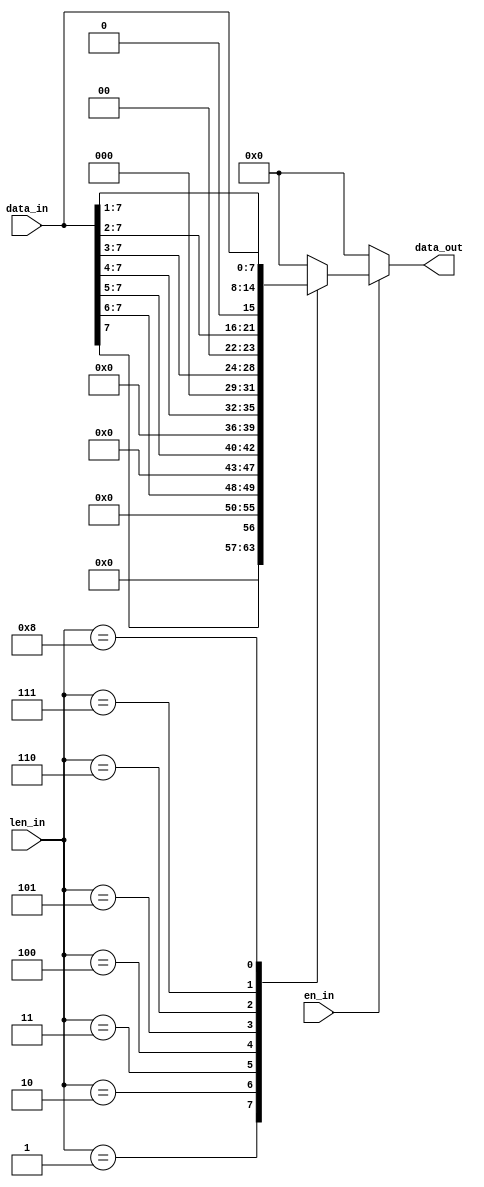
//--------------------------------------------------------------------------------------------------
// Copyright (C) 2013-2017 qiu bin 
// All rights reserved   
// Design    : bitstream_p
// Author(s) : qiu bin
// Phone 15957074161
// QQ:1517642772             
//-------------------------------------------------------------------------------------------------


module read_bits(data_in, en_in, len_in, data_out);
input [23:16] data_in;
input [3:0] len_in;
input en_in;
output [7:0] data_out;

reg[7:0] data_out;

always @(data_in or len_in or en_in)
if(en_in)
case ( len_in )
1 : data_out <= data_in[23];
2 : data_out <= data_in[23:22];
3 : data_out <= data_in[23:21];
4 : data_out <= data_in[23:20];
5 : data_out <= data_in[23:19];
6 : data_out <= data_in[23:18];
7 : data_out <= data_in[23:17];
8 : data_out <= data_in[23:16];
default: data_out <= 0;
endcase
else
    data_out <= 0;
    
endmodule